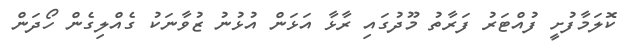
ކޮލަމާފުށީ ފުއްޓަރު ފަރާތު މޫދުގައި ރާޅާ އަޅަން އުޅުނު ޒުވާނަކު ގެއްލިގެން ހޯދަން